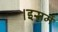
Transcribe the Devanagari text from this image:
।इसमें